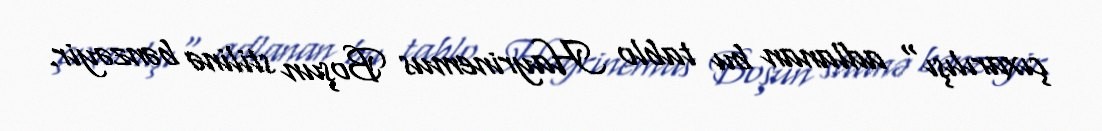
çıxarılışı" adlanan bu tablo Hayrinemus Boşun stilinə bənzəyir.